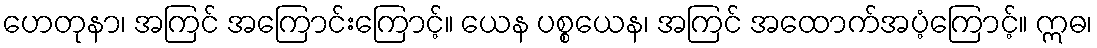
ဟေတုနာ၊ အကြင် အကြောင်းကြောင့်။ ယေန ပစ္စယေန၊ အကြင် အထောက်အပံ့ကြောင့်။ ဣဓ၊